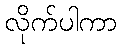
လိုက်ပါကာ